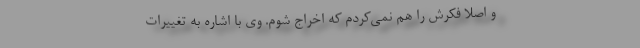
و اصلاً فکرش را هم نمی‌کردم که اخراج شوم. وی با اشاره به تغییرات